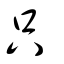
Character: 只